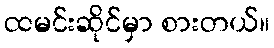
ထမင်းဆိုင်မှာ စားတယ်။